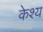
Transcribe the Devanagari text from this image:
केश्य